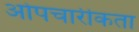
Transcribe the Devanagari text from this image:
ओपचारीकता